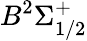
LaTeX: B^{2}\Sigma_{1/2}^{+}